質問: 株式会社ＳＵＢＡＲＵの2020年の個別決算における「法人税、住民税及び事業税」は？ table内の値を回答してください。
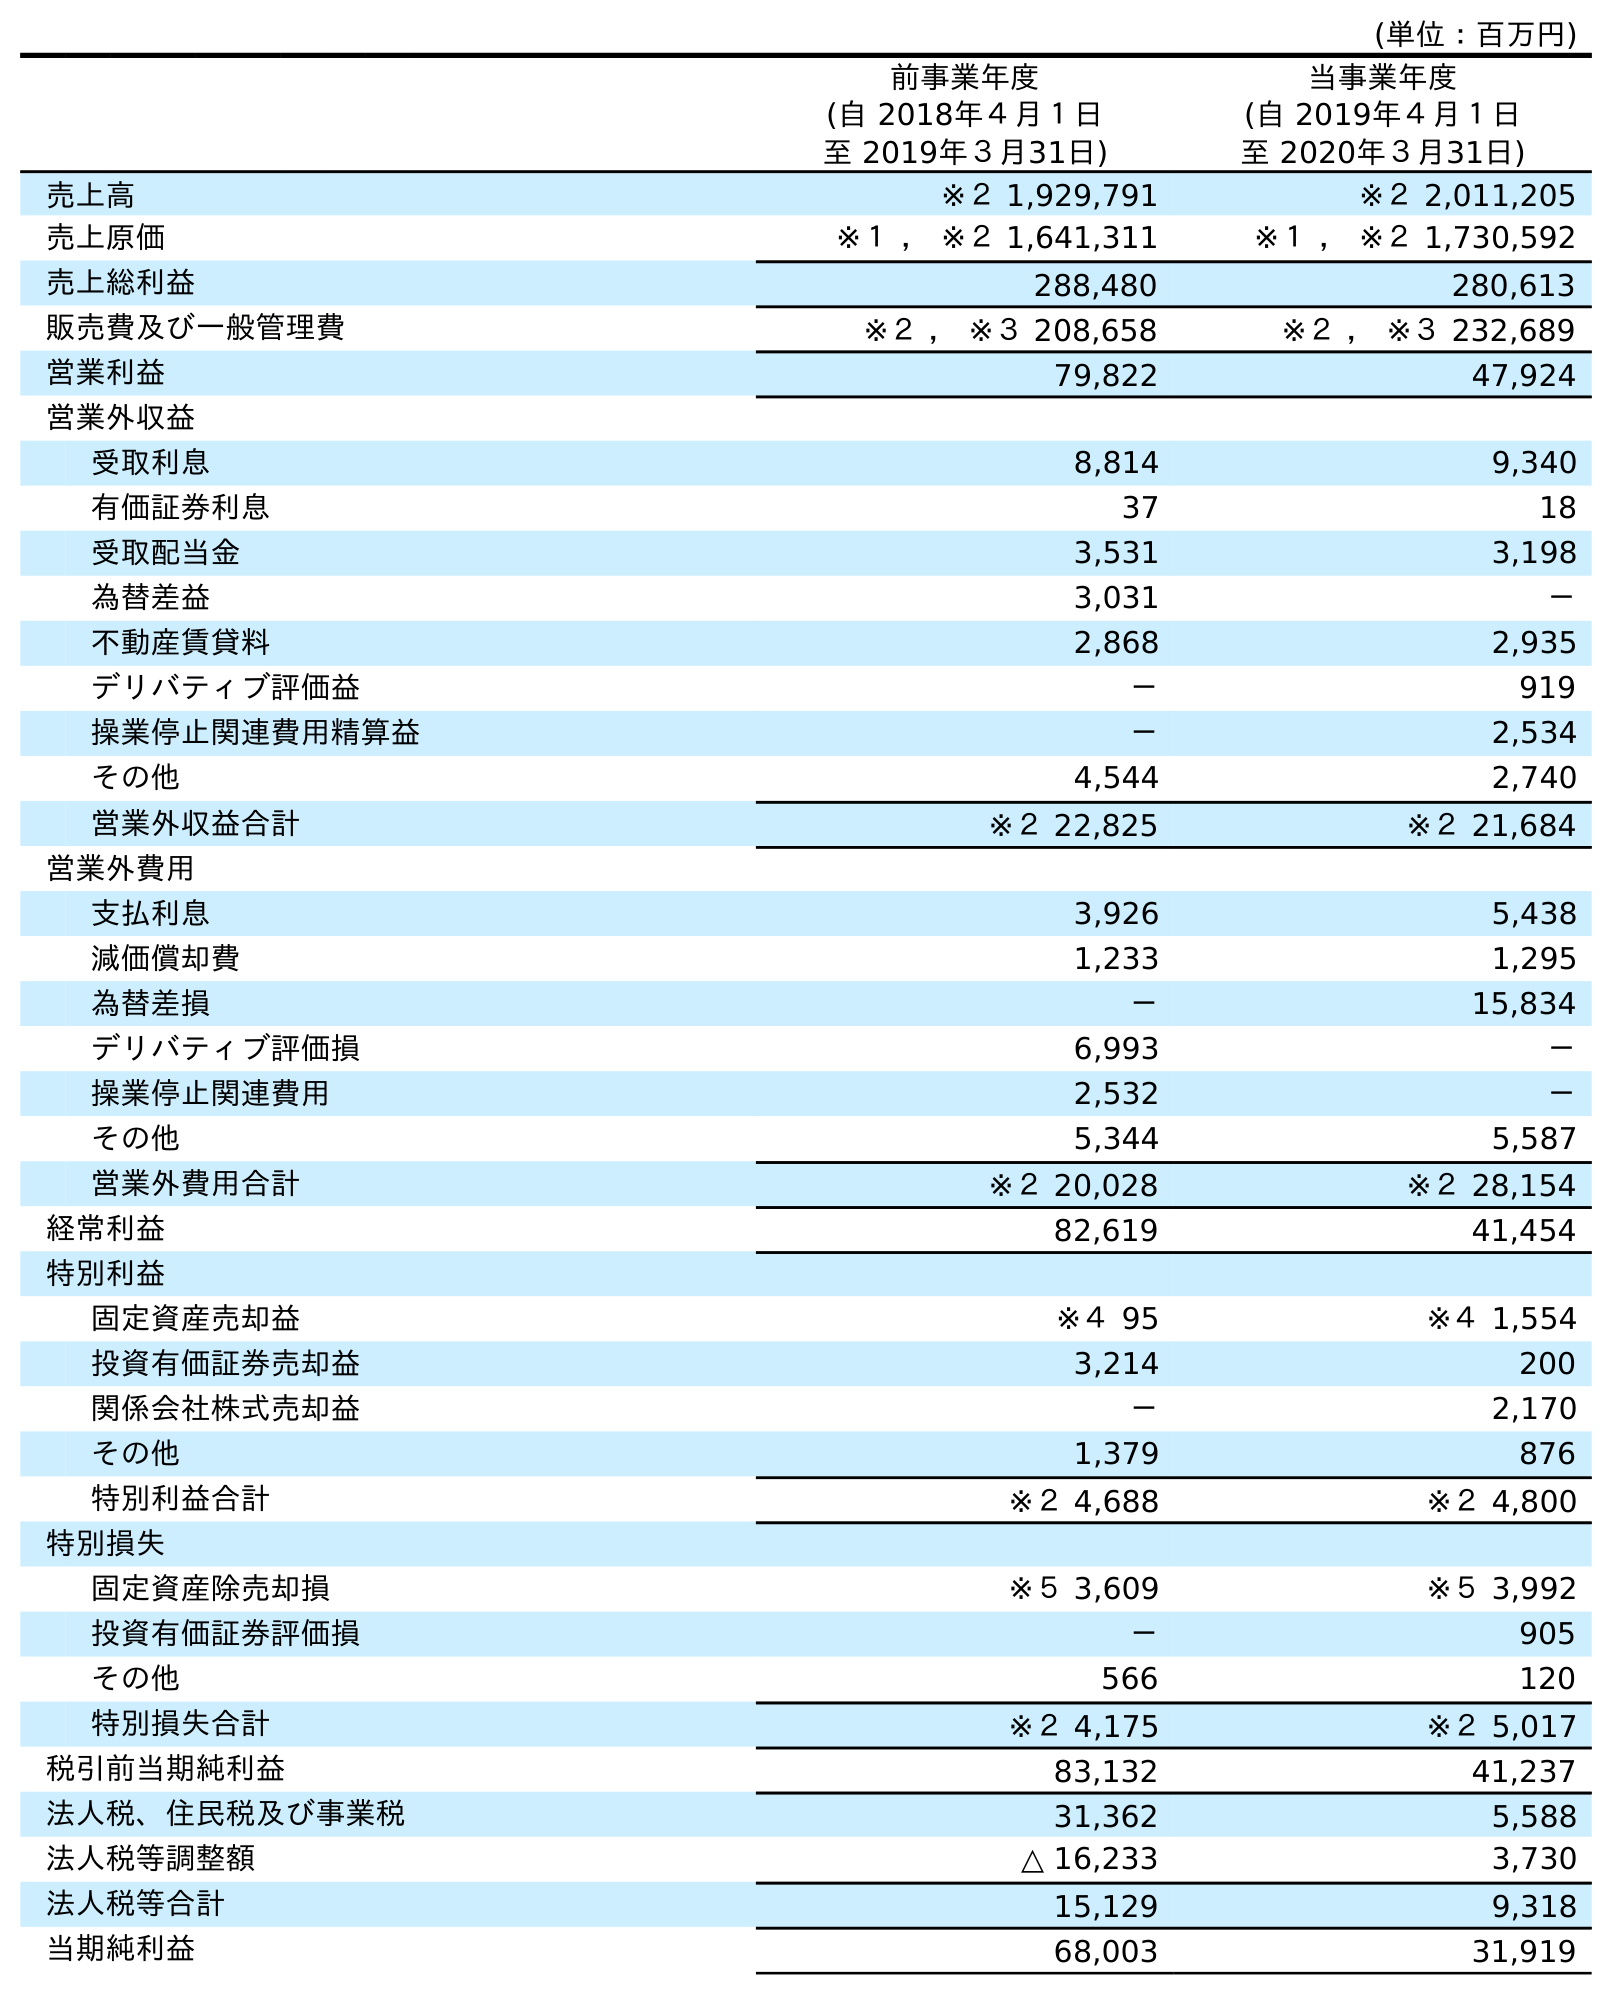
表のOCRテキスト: (単位：百万円) 前事業年度 (自 2018年４月１日 至 2019年３月31日) 当事業年度 (自 2019年４月１日 至 2020年３月31日) 売上高 ※２ 1,929,791 ※２ 2,011,205 売上原価 ※１ ， ※２ 1,641,311 ※１ ， ※２ 1,730,592 売上総利益 288,480 280,613 販売費及び一般管理費 ※２ ， ※３ 208,658 ※２ ， ※３ 232,689 営業利益 79,822 47,924 営業外収益 受取利息 8,814 9,340 有価証券利息 37 18 受取配当金 3,531 3,198 為替差益 3,031 － 不動産賃貸料 2,868 2,935 デリバティブ評価益 － 919 操業停止関連費用精算益 － 2,534 その他 4,544 2,740 営業外収益合計 ※２ 22,825 ※２ 21,684 営業外費用 支払利息 3,926 5,438 減価償却費 1,233 1,295 為替差損 － 15,834 デリバティブ評価損 6,993 － 操業停止関連費用 2,532 － その他 5,344 5,587 営業外費用合計 ※２ 20,028 ※２ 28,154 経常利益 82,619 41,454 特別利益 固定資産売却益 ※４ 95 ※４ 1,554 投資有価証券売却益 3,214 200 関係会社株式売却益 － 2,170 その他 1,379 876 特別利益合計 ※２ 4,688 ※２ 4,800 特別損失 固定資産除売却損 ※５ 3,609 ※５ 3,992 投資有価証券評価損 － 905 その他 566 120 特別損失合計 ※２ 4,175 ※２ 5,017 税引前当期純利益 83,132 41,237 法人税、住民税及び事業税 31,362 5,588 法人税等調整額 △ 16,233 3,730 法人税等合計 15,129 9,318 当期純利益 68,003 31,919
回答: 5,588